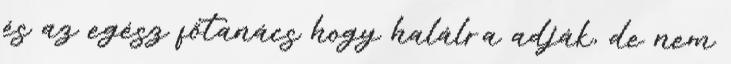
és az egész főtanács hogy halálra adják, de nem